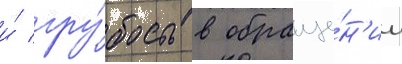
и́ гру́бость в обраще́н'ии